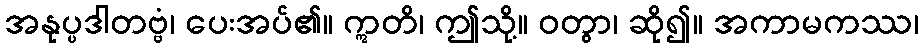
အနုပ္ပဒါတဗ္ဗံ၊ ပေးအပ်၏။ ဣတိ၊ ဤသို့။ ဝတွာ၊ ဆို၍။ အကာမကဿ၊